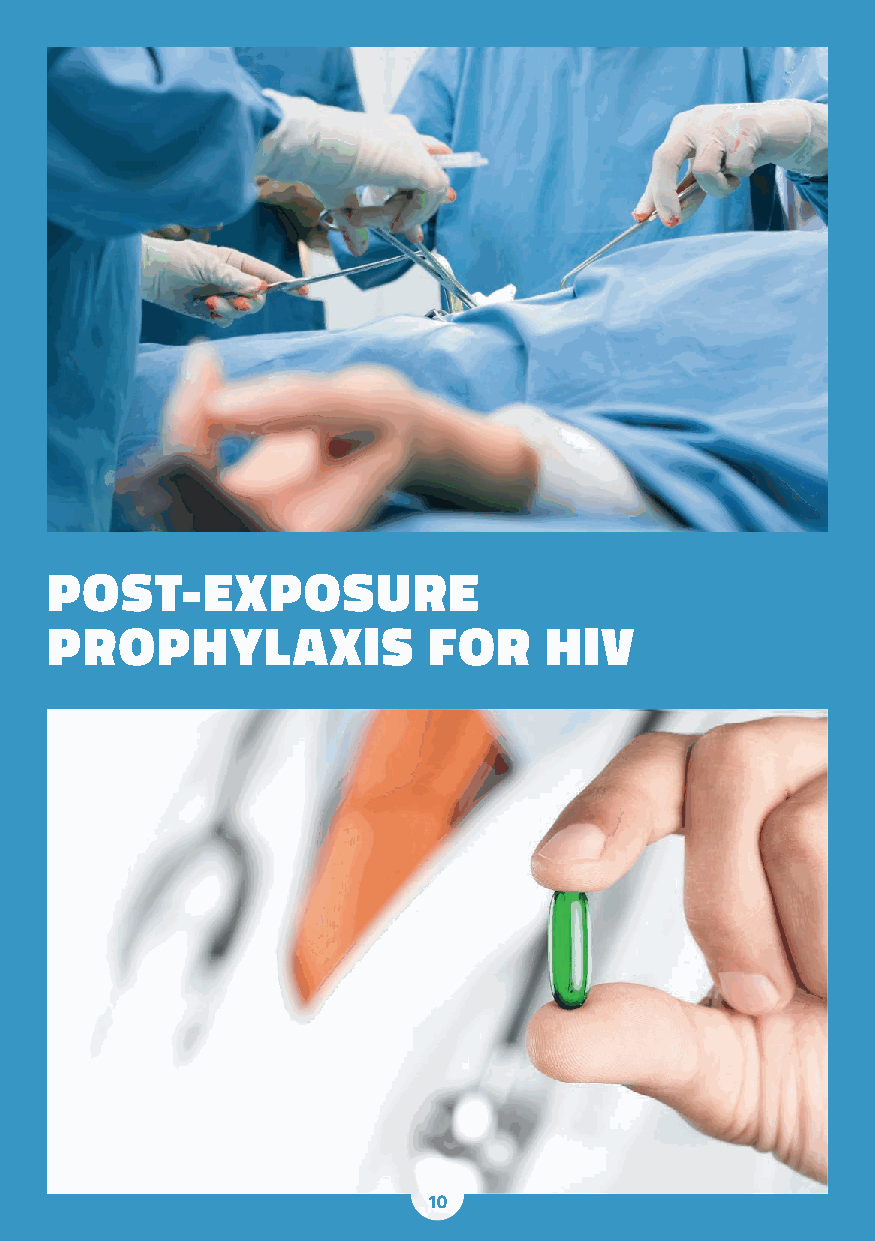
post-exposure
 propHYlaxIs              for     HIV
 10